Insane asylums in Bengal annual reports 1867-1875 - 1867-1875
Year: 1867
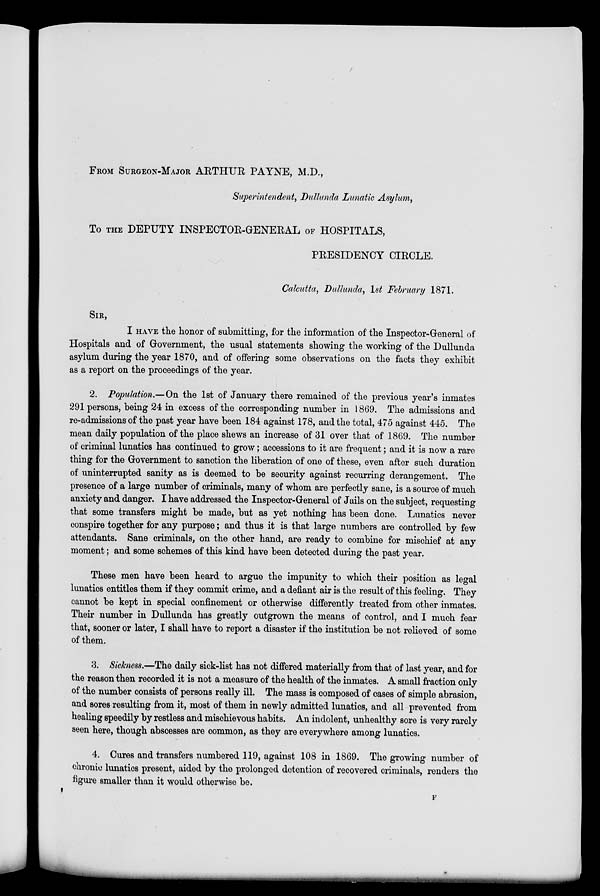
FROM SURGEON-MAJOR ARTHUR PAYNE, M.D.,
Superintendent, Dullunda Lunatic Asylum,
To THE DEPUTY INSPECTOR-GENERAL OF HOSPITALS,
PRESIDENCY CIRCLE.
Calcutta, Dullunda, 1st February 1871.
SIR,
I HAVE the honor of submitting, for the information of the Inspector-General of
Hospitals and of Government, the usual statements showing the working of the Dullunda
asylum during the year 1870, and of offering some observations on the facts they exhibit
as a report on the proceedings of the year.
2. Population.—On the 1st of January there remained of the previous year's inmates
291 persons, being 24 in excess of the corresponding number in 1869. The admissions and
re-admissions of the past year have been 184 against 178, and the total, 475 against 445. The
mean daily population of the place shews an increase of 31 over that of 1869. The number
of criminal lunatics has continued to grow; accessions to it are frequent; and it is now a rare
thing for the Government to sanction the liberation of one of these, even after such duration
of uninterrupted sanity as is deemed to be security against recurring derangement. The
presence of a large number of criminals, many of whom are perfectly sane, is a source of much
anxiety and danger. I have addressed the Inspector-General of Jails on the subject, requesting
that some transfers might be made, but as yet nothing has been done. Lunatics never
conspire together for any purpose; and thus it is that large numbers are controlled by few
attendants. Sane criminals, on the other hand, are ready to combine for mischief at any
moment; and some schemes of this kind have been detected during the past year.
These men have been heard to argue the impunity to which their position as legal
lunatics entitles them if they commit crime, and a defiant air is the result of this feeling. They
cannot be kept in special confinement or otherwise differently treated from other inmates.
Their number in Dullunda has greatly outgrown the means of control, and I much fear
that, sooner or later, I shall have to report a disaster if the institution be not relieved of some
of them.
3. Sickness.—The daily sick-list has not differed materially from that of last year, and for
the reason then recorded it is not a measure of the health of the inmates. A small fraction only
of the number consists of persons really ill. The mass is composed of cases of simple abrasion,
and sores resulting from it, most of them in newly admitted lunatics, and all prevented from
healing speedily by restless and mischievous habits. An indolent, unhealthy sore is very rarely
seen here, though abscesses are common, as they are everywhere among lunatics.
4. Cures and transfers numbered 119, against 108 in 1869. The growing number of
chronic lunatics present, aided by the prolonged detention of recovered criminals, renders the
figure smaller than it would otherwise be.
F